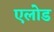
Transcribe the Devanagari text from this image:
एलोड